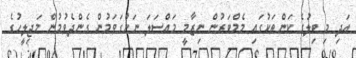
އަދި މި ބިލުގެ ކަންތަކުގައި މެމްބަރުން ނިޒާމީ މައްސަލަ ނަންގަވަމުން ގެންދެވުމުން މަޖިލީހުގެ